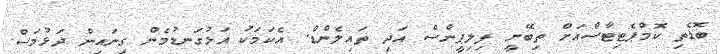
ބޮޑެތި ކޮމްޕެޓިޓާސްއަށް ތިބޭނީ ފިލިޕީންސް އަދި ތައިލެންޑް. އެކަމަކު އަޅުގަނޑުމެން ގިނައިން ދަޅުމަސް